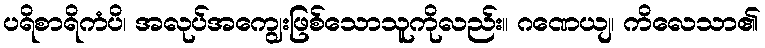
ပရိစာရိကံပိ၊ အလုပ်အကျွေးဖြစ်သောသူကိုလည်း။ ဂဏေယျ၊ ကိလေသာ၏